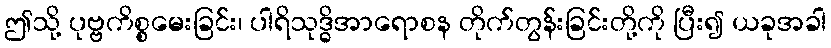
ဤသို့ ပုဗ္ဗကိစ္စမေးခြင်း၊ ပါရိသုဒ္ဓိအာရောစန တိုက်တွန်းခြင်းတို့ကို ပြီး၍ ယခုအခါ